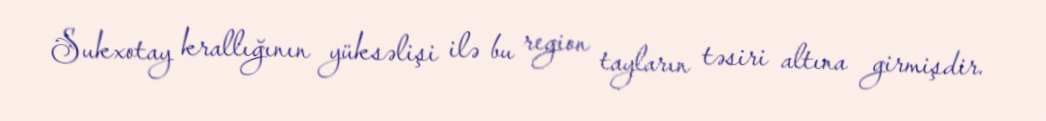
Sukxotay krallığının yüksəlişi ilə bu region tayların təsiri altına girmişdir.